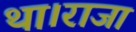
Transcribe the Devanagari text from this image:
था।राजा